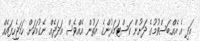
އަދި އެ އެއްބަސްވުމުގެ ދަށުން ކަސްޓަމަރުންގެ އަތުން އެއްވެސް އަދަދެއް ނެގުމަކަށް ހަމަޖެހިފައެއް